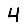
Digit: 4